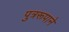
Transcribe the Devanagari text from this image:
पुत्ररूपाने